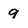
Character: 9